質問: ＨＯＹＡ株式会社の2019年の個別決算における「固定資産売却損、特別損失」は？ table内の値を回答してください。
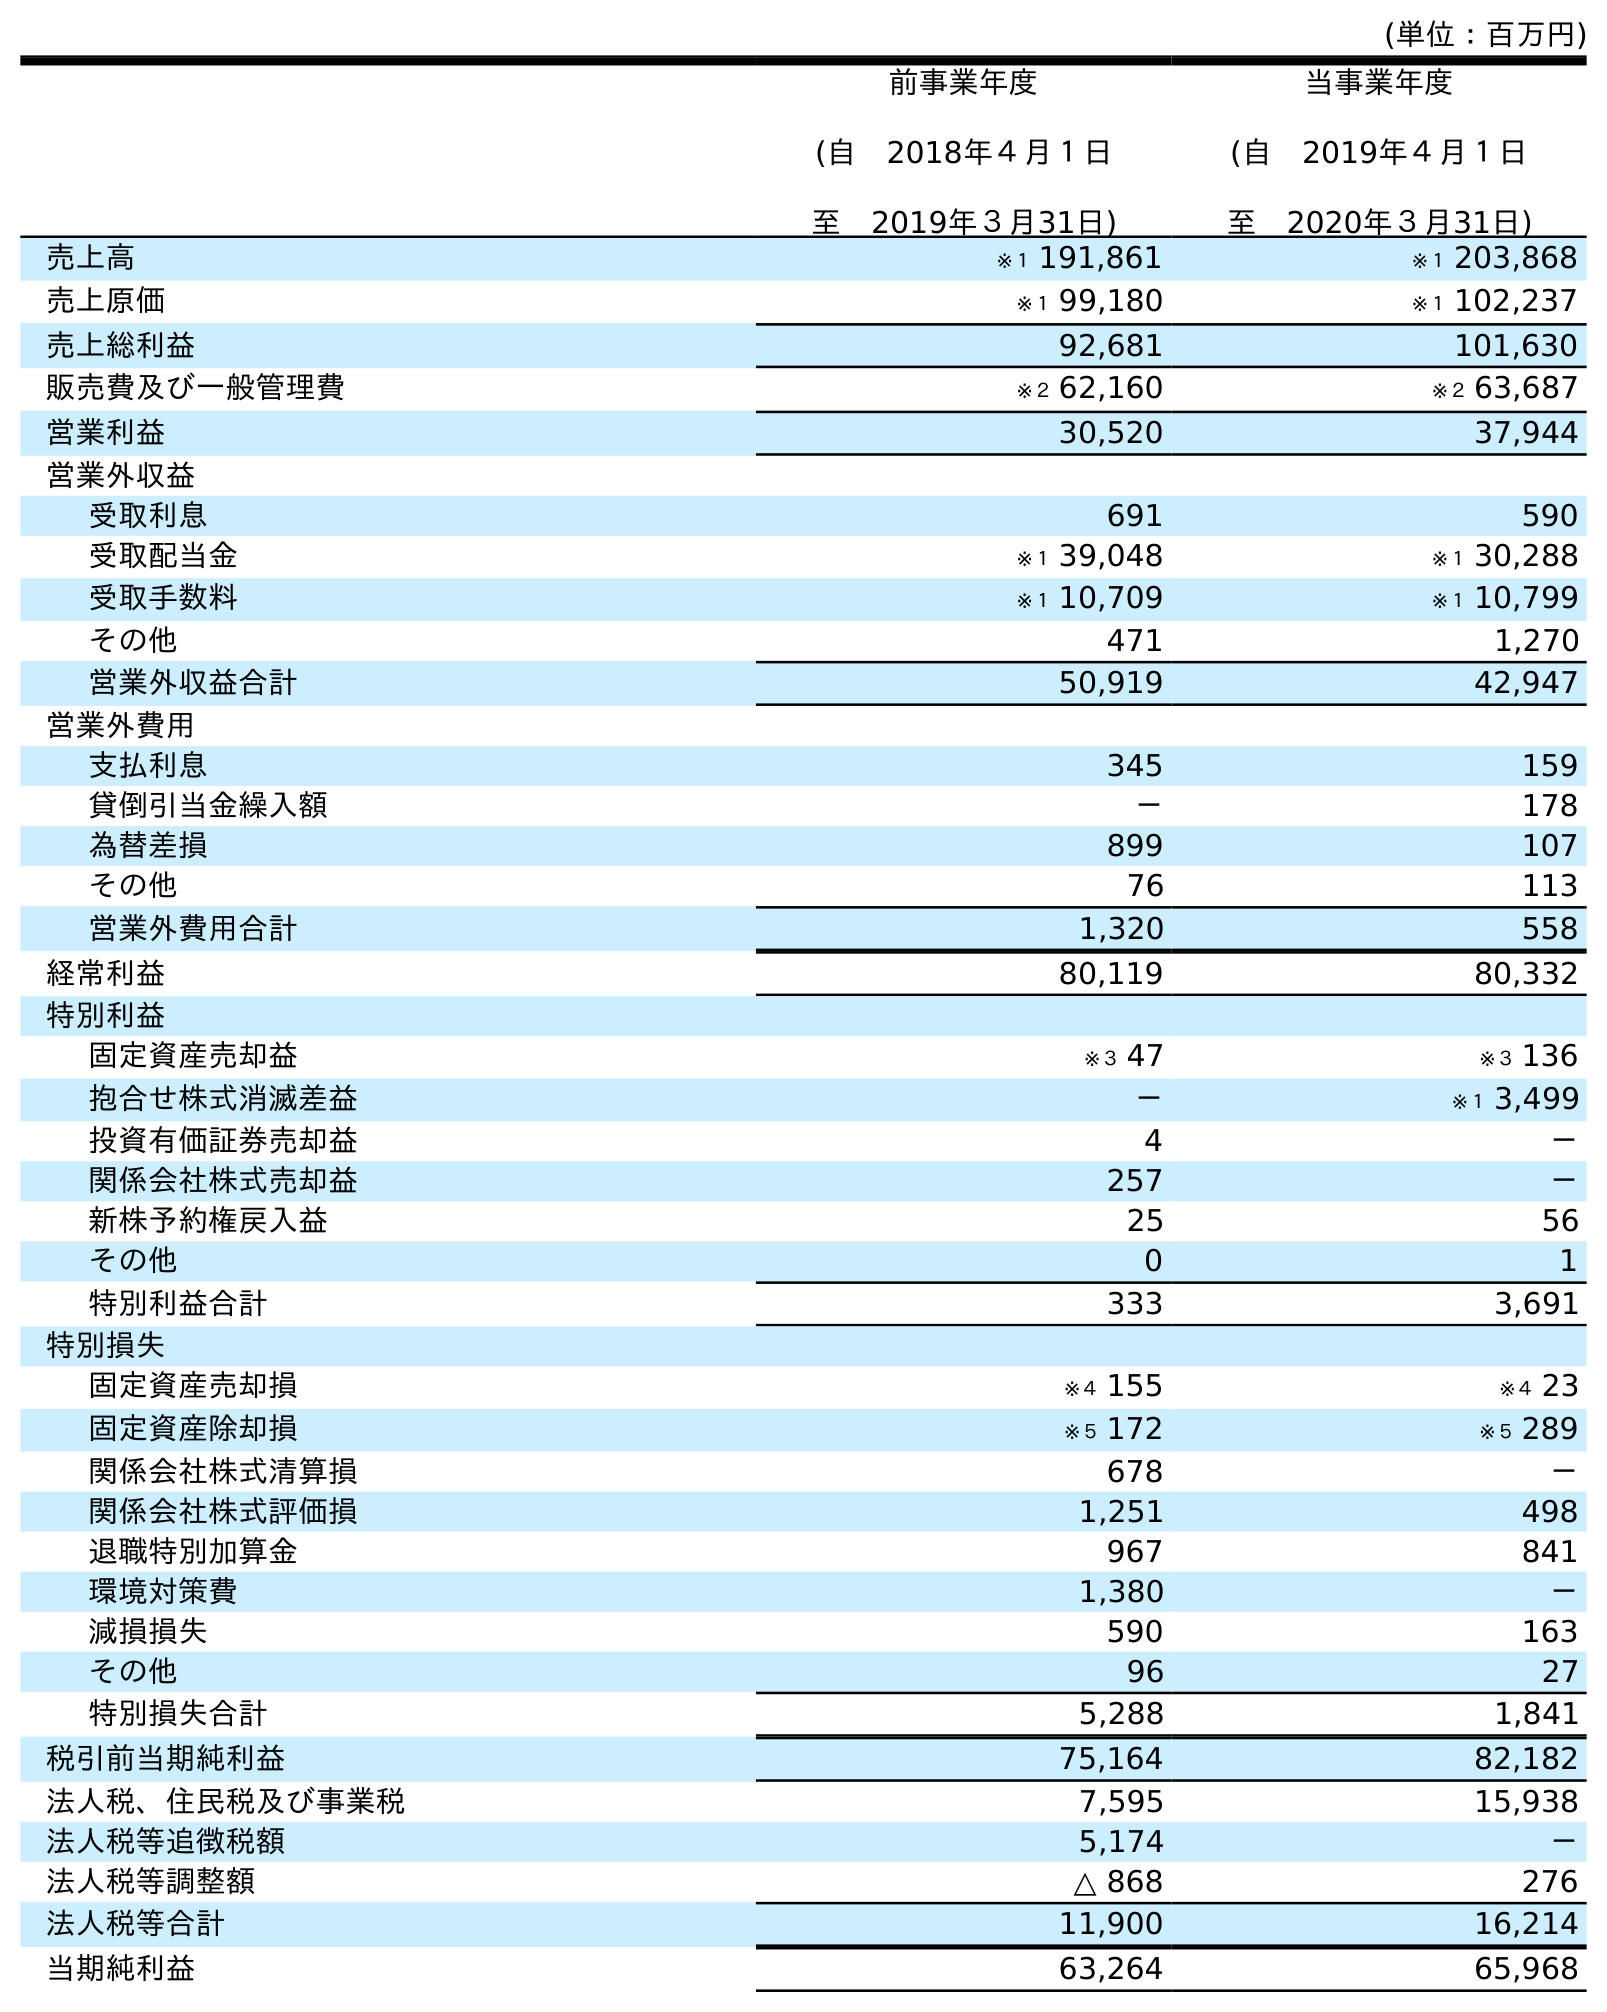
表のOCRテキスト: (単位：百万円) 前事業年度 (自 2018年４月１日 至 2019年３月31日) 当事業年度 (自 2019年４月１日 至 2020年３月31日) 売上高 ※１ 191,861 ※１ 203,868 売上原価 ※１ 99,180 ※１ 102,237 売上総利益 92,681 101,630 販売費及び一般管理費 ※２ 62,160 ※２ 63,687 営業利益 30,520 37,944 営業外収益 受取利息 691 590 受取配当金 ※１ 39,048 ※１ 30,288 受取手数料 ※１ 10,709 ※１ 10,799 その他 471 1,270 営業外収益合計 50,919 42,947 営業外費用 支払利息 345 159 貸倒引当金繰入額 － 178 為替差損 899 107 その他 76 113 営業外費用合計 1,320 558 経常利益 80,119 80,332 特別利益 固定資産売却益 ※３ 47 ※３ 136 抱合せ株式消滅差益 － ※１ 3,499 投資有価証券売却益 4 － 関係会社株式売却益 257 － 新株予約権戻入益 25 56 その他 0 1 特別利益合計 333 3,691 特別損失 固定資産売却損 ※４ 155 ※４ 23 固定資産除却損 ※５ 172 ※５ 289 関係会社株式清算損 678 － 関係会社株式評価損 1,251 498 退職特別加算金 967 841 環境対策費 1,380 － 減損損失 590 163 その他 96 27 特別損失合計 5,288 1,841 税引前当期純利益 75,164 82,182 法人税、住民税及び事業税 7,595 15,938 法人税等追徴税額 5,174 － 法人税等調整額 △ 868 276 法人税等合計 11,900 16,214 当期純利益 63,264 65,968
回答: ※４155